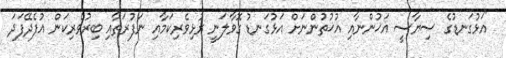
"އަޅުގަނޑުގެ ސިޔާސީ އަޚުންނާއި އުޚުތުންނަށް އަޅުގަނޑު ގޮވާލަނީ ރުޅިވެރިކަމާއި ނަފުރަތާއި ބިރުވެރިކަން އުފެދޭފަދަ